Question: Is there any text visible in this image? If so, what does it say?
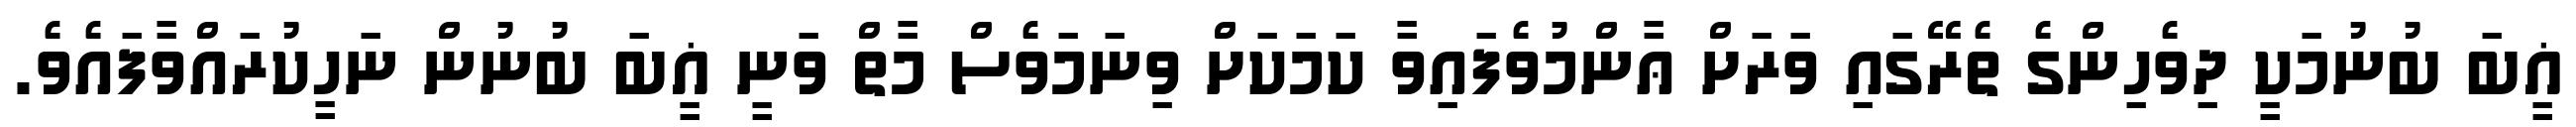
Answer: ޣީބަ ބުނުމަކީ ދިވެހިންގެ ތެރޭގައި ވަރަށް ޢާންމުވެފައިވާ ކަމަކަށް ވިނަމަވެސް މާތް ވަނީ ޣީބަ ބުނުން ނަހީކުރައްވާފައެވެ.